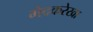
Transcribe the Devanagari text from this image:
भेदकरेखा